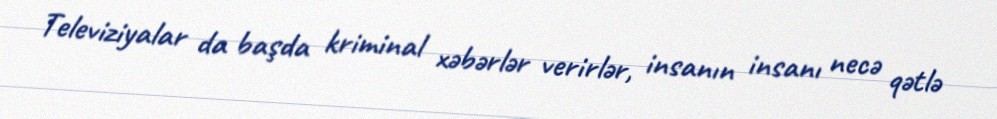
Televiziyalar da başda kriminal xəbərlər verirlər, insanın insanı necə qətlə